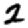
Digit: 2